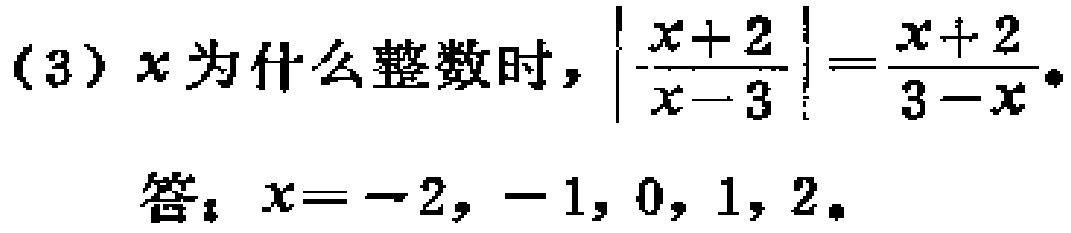
(3) \(x\)为什么整数时，\(\left|\frac{x + 2}{x - 3}\right|=\frac{x + 2}{3 - x}\)。
答：\(x = - 2, - 1, 0, 1, 2\)。